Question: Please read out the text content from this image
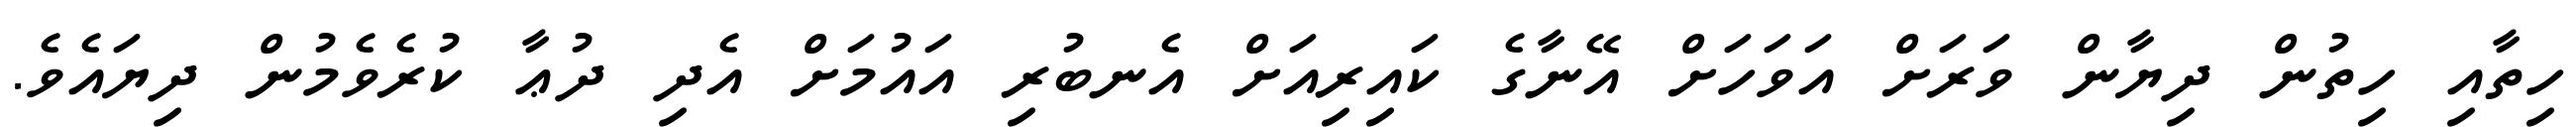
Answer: ހިތާއި ހިތުން ދިޔާން ވަރަށް އަވަހަށް އޭނާގެ ކައިރިއަށް އެނބުރި އައުމަށް އެދި ދުޢާ ކުރެވެމުން ދިޔައެވެ.